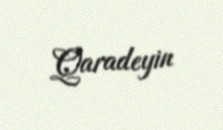
Qaradeyin